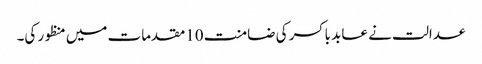
عدالت نے عابد باکسر کی ضامنت 10مقدمات میں منظور کی۔